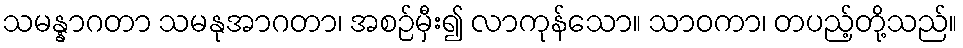
သမန္နာဂတာ သမနုအာဂတာ၊ အစဉ်မှီး၍ လာကုန်သော။ သာဝကာ၊ တပည့်တို့သည်။